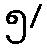
၅/